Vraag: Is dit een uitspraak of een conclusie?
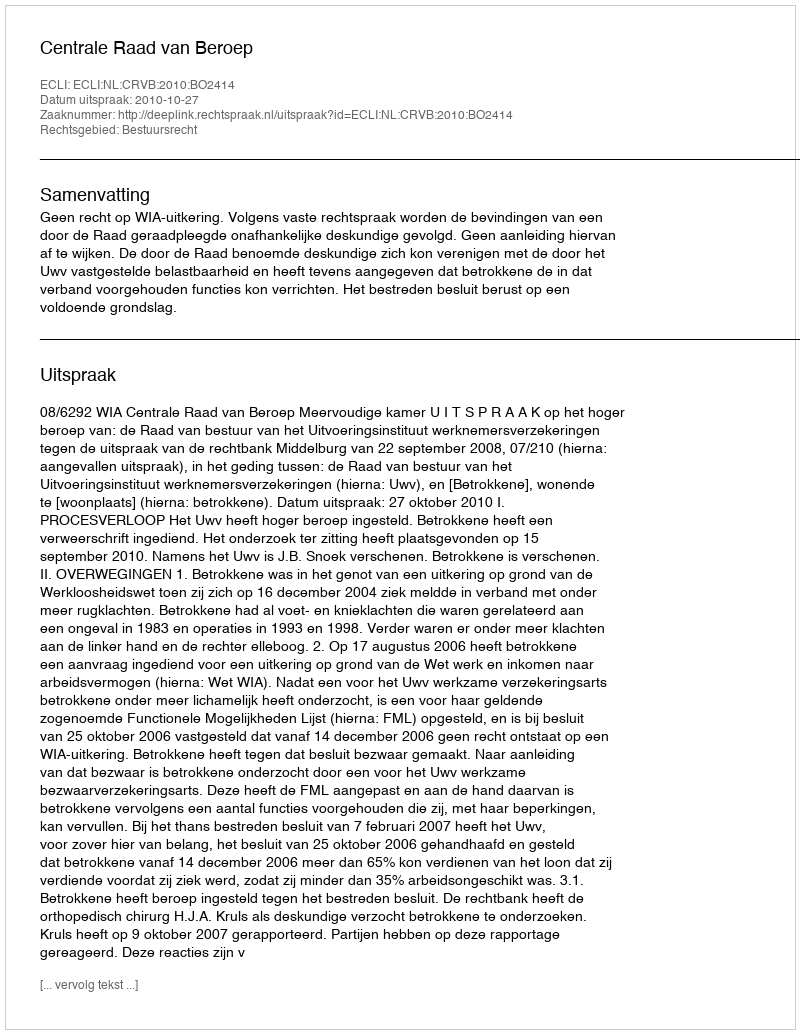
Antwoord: Uitspraak